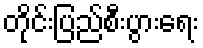
တိုင်းပြည်စီးပွားရေး